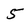
Character: 5